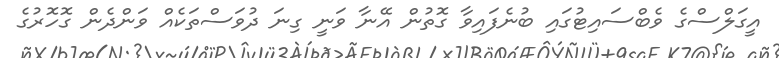
އީގަލްސްގެ ވެބްސައިޓުގައި ބުނެފައިވާ ގޮތުން އޭނާ ވަނީ ގިނަ ދުވަސްތަކެއް ވަންދެން ގޮހޮރުގެ